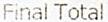
FINAL TOTAL